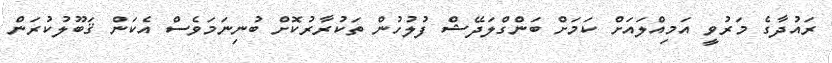
ރައުދާގެ މަރުވީ އަމިއްލައަށް ކަމަށް ބަންގްލަދޭޝް ފުލުހުން ތަކުރާރުކޮށް ބުނިނަމަވެސް އެކަން ޤަބޫލުކުރަން